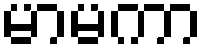
မာမကာ